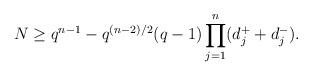
LaTeX: \begin{align*}N\ge q^{n-1}-q^{(n-2)/2}(q-1)\prod_{j=1}^n (d_j^+ +d_j^-).\end{align*}